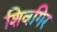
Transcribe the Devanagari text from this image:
शिवगिर